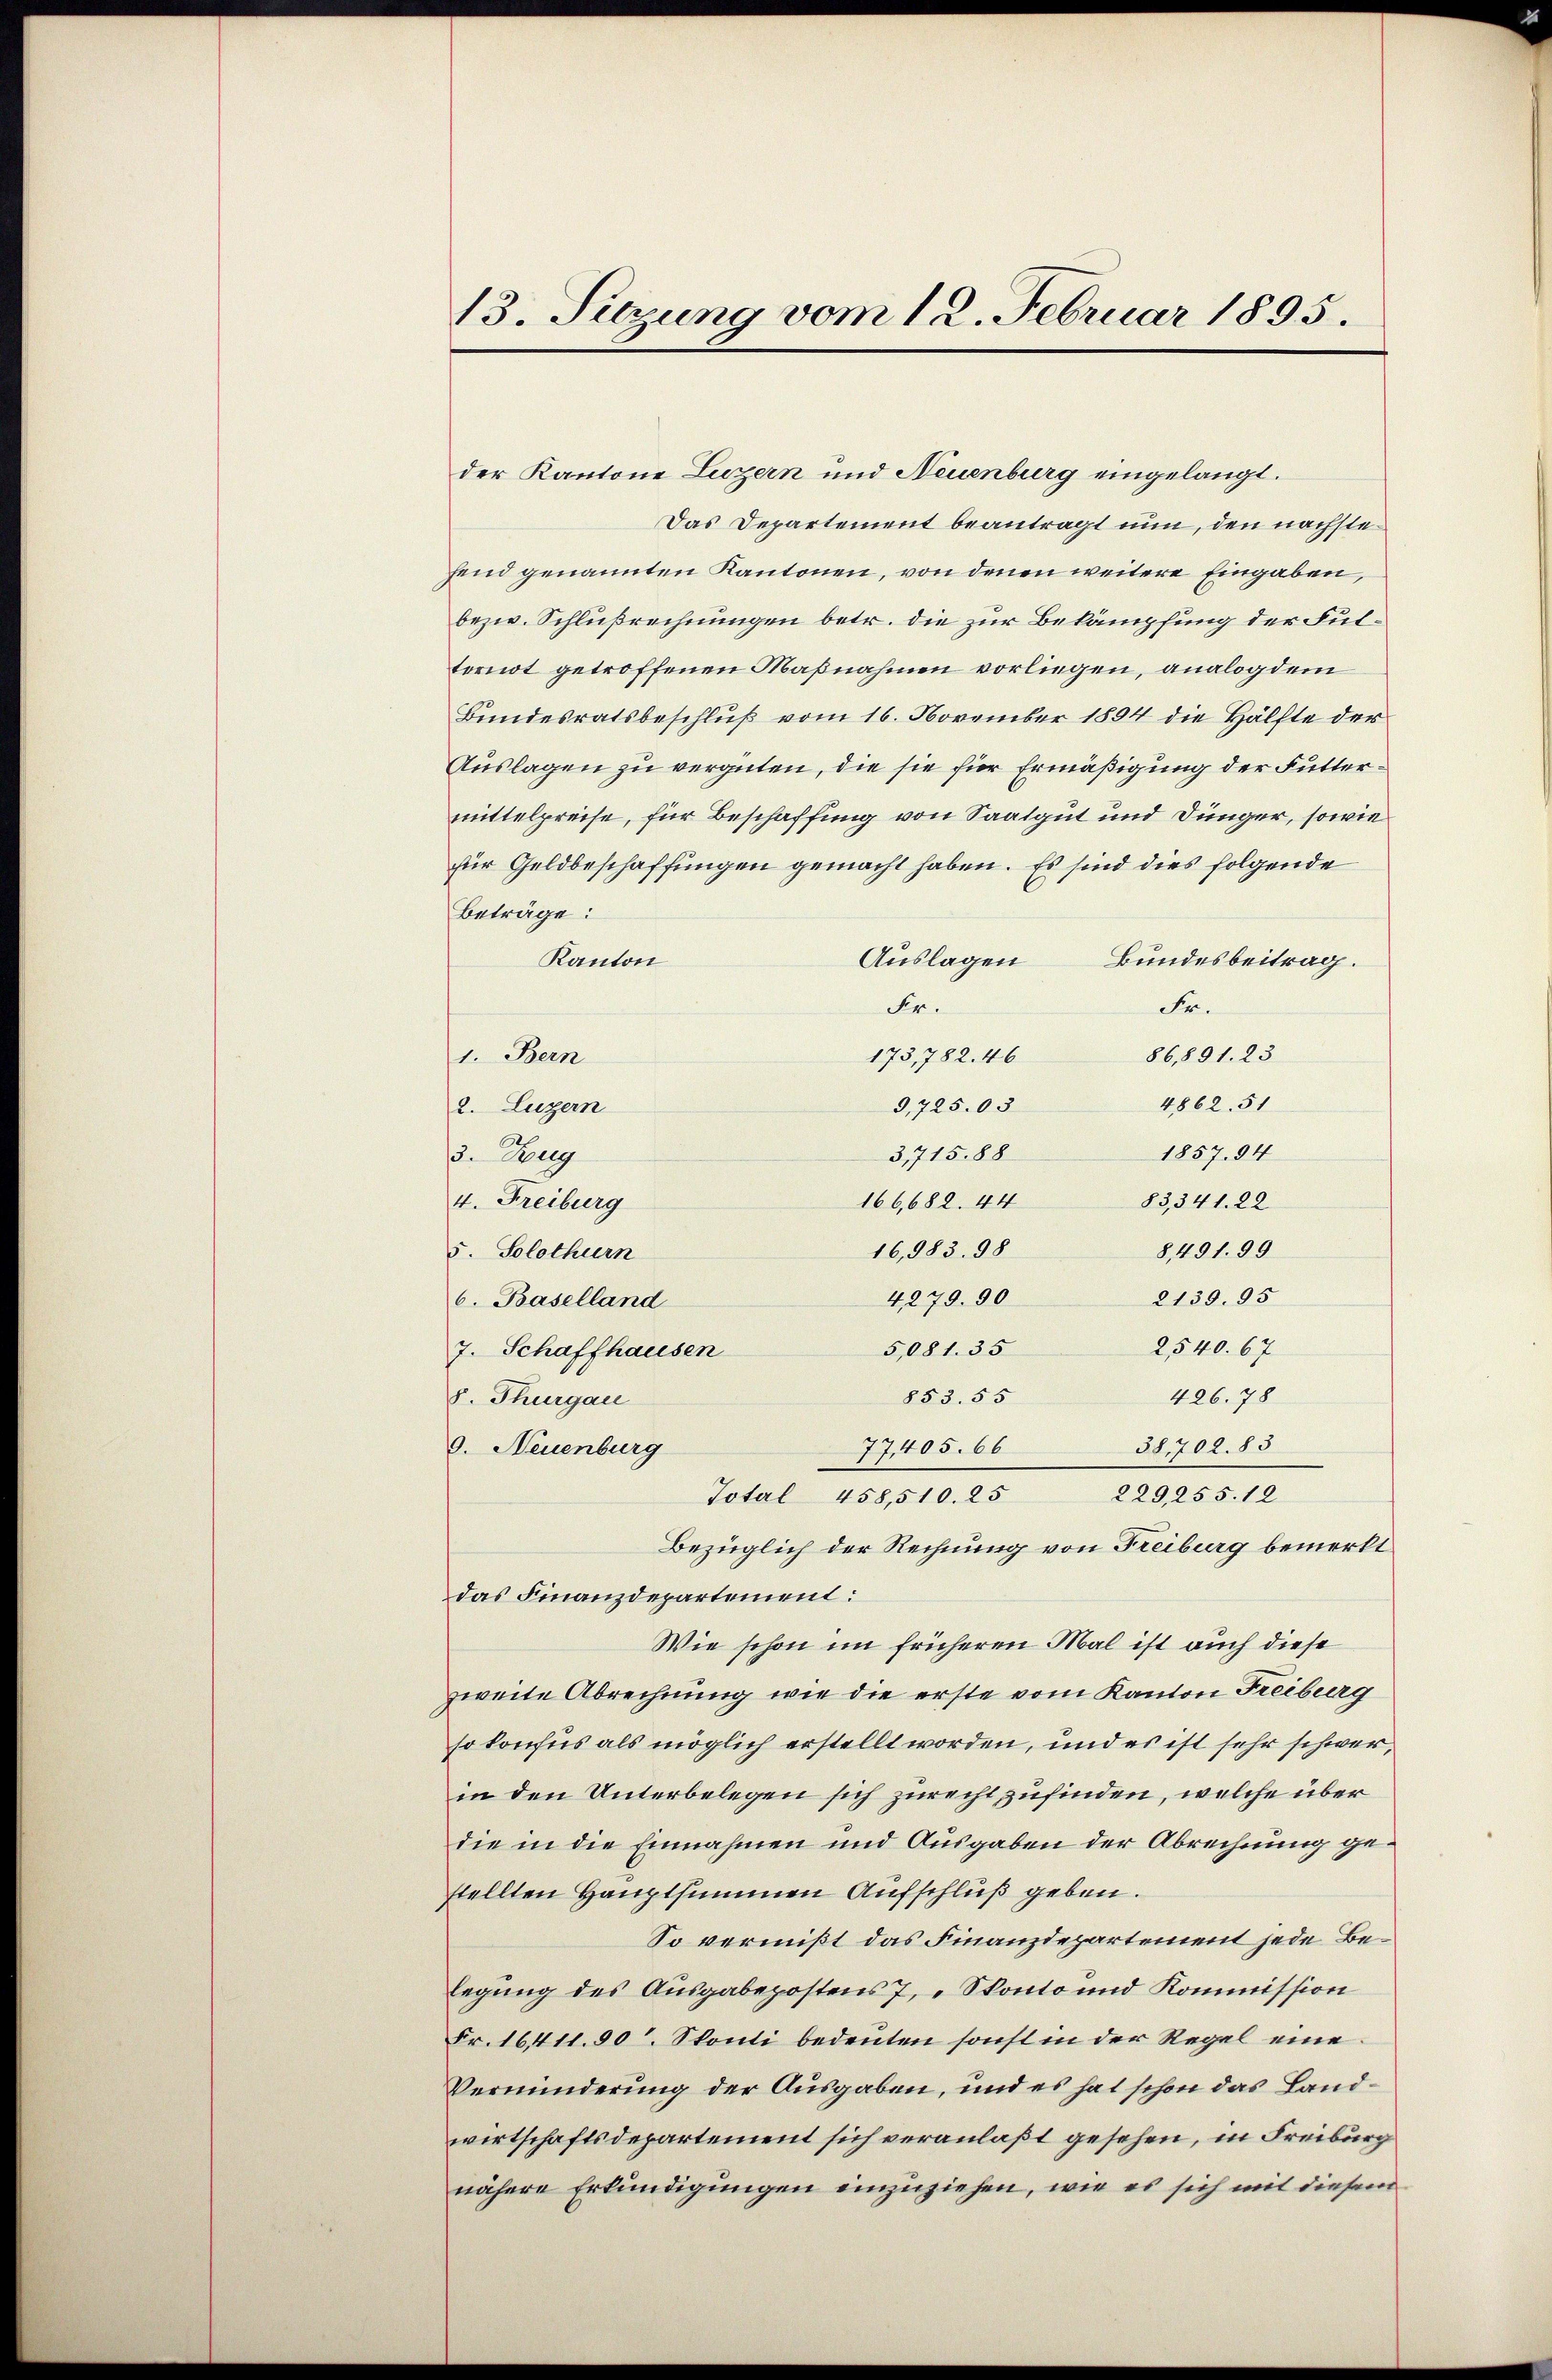
der Kantone Luzern und Neuenburg eingelangt.
Das Departement beantragt nun, den nächstefend genannten Kantonen, von denen weitere Eingaben,
bezw. Schlußrechnungen betr. die zur Bekämpfung der Fulternot getroffenen Maßnahmen vorliegen, analog dem
Bundesratsbeschluß vom 16. November 1894 die Hälfte der
Auslagen zu vergüten, die sie für Ermäßigung der Futtermittelpreise, für Beschaffung von Saatgut und Dünger, sowie
für Geldbeschaffungen gemacht haben. Es sind dies folgende
Beträge:
Auslagen
Bundesbeitrag.
Kanton
Fr.
Fr.
86,891. 23
173,782. 46
1. Bern
4862. 51
9,725.03
2. Luzern
1857. 94
3,715,88
3. Zug
83,341. 22
4. Freiburg
166,682. 44
16,983. 98
8491. 99
5. Solothurn
4,279. 90
2139. 95
6. Baselland
2540. 67
5,081. 35
7. Schaffhausen
853. 55
426. 78
s. Thurgau
38,702. 83
77,405. 66
9. Neuenburg
229,255. 12
Total 458,510. 25
Bezüglich der Rechnung von Freiburg bemerkt
das Finanzdepartement:
Wie schon im früheren Mal ist auch diese
zweite Abrechnung wie die erste vom Kanton Freiburg
so konfus als möglich erstellt worden, und es ist sehr schwer,
in den Unterbelegen sich zurecht zufinden, welche über
die in die Einnahmen und Ausgaben der Abrechnung gestellten Hauptsummen Aufschluß geben.
So vermißt das Finanzdepartement jede Belegung des Ausgabepostens 7, „Skonto und Kommission
Fr. 16411. 80. Skonti bedeuten sonst in der Regel eine
Verminderung der Ausgaben, und es hat schon das Landwirtschaftsdepartement sich veranlaßt gesehen, in Freiburg
nähere Erkundigungen einzuziehen, wie es sich mit diesem

13. Sitzung vom 12. Februar 1895.